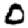
Digit: 0